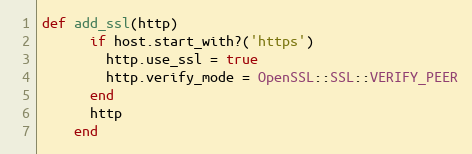
Language: Ruby
def add_ssl(http)
      if host.start_with?('https')
        http.use_ssl = true
        http.verify_mode = OpenSSL::SSL::VERIFY_PEER
      end
      http
    end